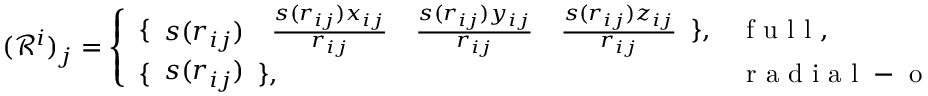
( \mathcal { R } ^ { i } ) _ { j } = \left\{ \begin{array} { l l } { \{ \begin{array} { c c c c } { s ( r _ { i j } ) } & { \frac { s ( r _ { i j } ) x _ { i j } } { r _ { i j } } } & { \frac { s ( r _ { i j } ) y _ { i j } } { r _ { i j } } } & { \frac { s ( r _ { i j } ) z _ { i j } } { r _ { i j } } } \end{array} \} , } & { \mathrm { ~ f ~ u ~ l ~ l ~ } , } \\ { \{ \begin{array} { c } { s ( r _ { i j } ) } \end{array} \} , } & { \mathrm { ~ r ~ a ~ d ~ i ~ a ~ l ~ - ~ o ~ n ~ l ~ y ~ } , } \end{array} \right.